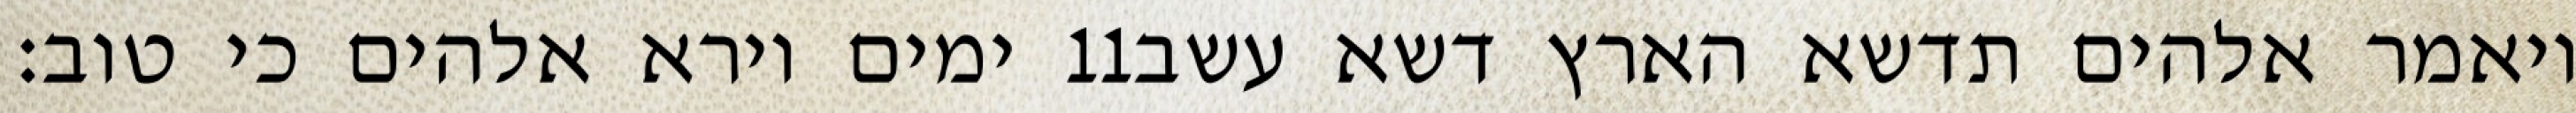
ימים וירא אלהים כי טוב׃ ‎11‏ ויאמר אלהים תדשא הארץ דשא עשב